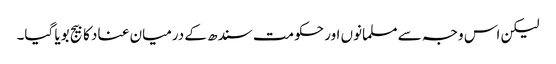
لیکن اس وجہ سے مسلمانوں اور حکومت سندھ کے درمیان عناد کا بیج بویا گیا۔